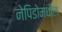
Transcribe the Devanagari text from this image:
नेपिडोमधील